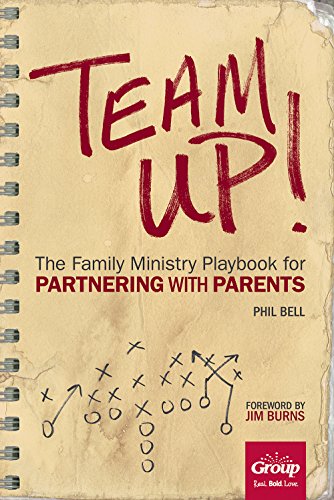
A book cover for Team Up!: The Family Ministry Playbook for Partnering With Parents; Phil Bell; Christian Books & Bibles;